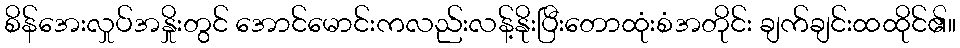
စိန်အေးလှုပ်အနှိုးတွင် အောင်မောင်းကလည်းလန့်နိုးပြီးတောထုံးစံအတိုင်း ချက်ချင်းထထိုင်၏။